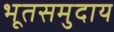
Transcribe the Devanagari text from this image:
भूतसमुदाय